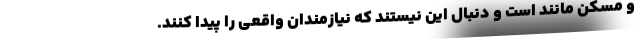
و مُسَکن مانند است و دنبال این نیستند که نیازمندان واقعی را پیدا کنند.